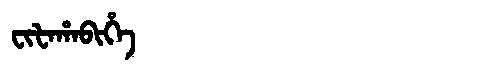
Manchu: ᠸᡳᡶᠠᡥᠠᠪᡳᡥᡝ
Romanization: FIFAHABIHE